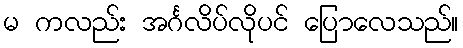
မ ကလည်း အင်္ဂလိပ်လိုပင် ပြောလေသည်။